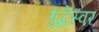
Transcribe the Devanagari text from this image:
बुद्धेस्वर